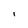
Character: I